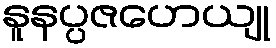
နူနပ္ပဇဟေယျု